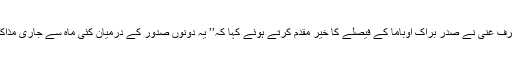
لیکن افغان صدر اشرف غنی نے صدر براک اوباما کے فیصلے کا خیر مقدم کرتے ہوئے کہا کہ’’ یہ دونوں صدور کے درمیان کئی ماہ سے جاری مذاکرات‘‘ کا نتیجہ ہے۔